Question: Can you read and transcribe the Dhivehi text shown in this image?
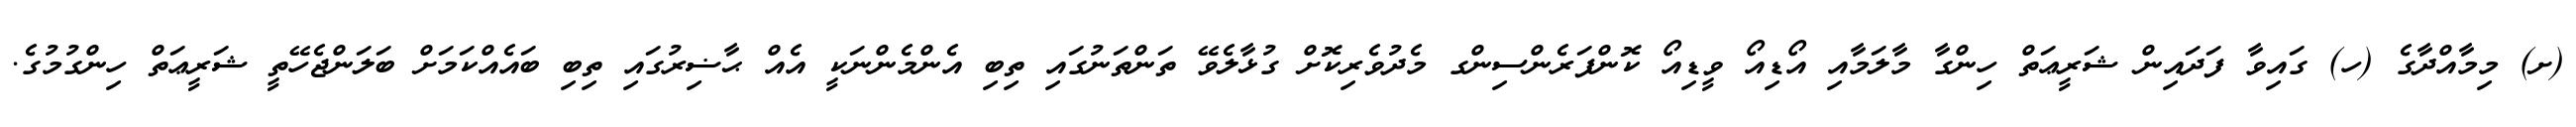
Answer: (ށ) މިމާއްދާގެ (ހ) ގައިވާ ފަދައިން ޝަރީޢަތް ހިންގާ މާލަމާއި އޯޑިއޯ ވީޑިއޯ ކޮންފަރެންސިންގ މެދުވެރިކޮށް ގުޅާލެވޭ ތަންތަނުގައި ތިބި އެންމެންނަކީ އެއް ޙާޟިރުގައި ތިބި ބައެއްކަމަށް ބަލަންޖެހޭތީ ޝަރީޢަތް ހިންގުމުގެ.